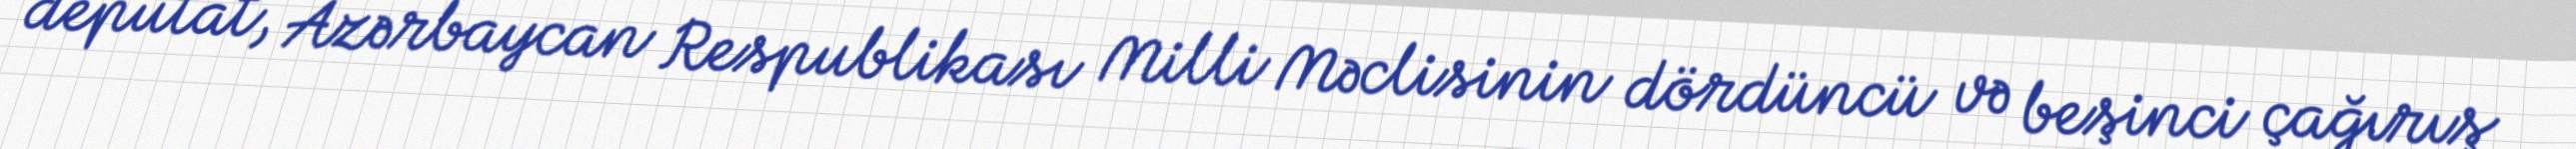
deputat, Azərbaycan Respublikası Milli Məclisinin dördüncü və beşinci çağırış